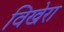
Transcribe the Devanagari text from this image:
विखेरा